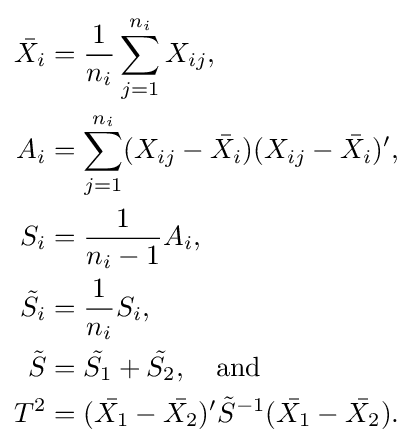
{\begin{aligned}{\bar {X_{i}}}&={\frac {1}{n_{i}}}\sum _{j=1}^{n_{i}}X_{ij},\\A_{i}&=\sum _{j=1}^{n_{i}}(X_{ij}-{\bar {X_{i}}})(X_{ij}-{\bar {X_{i}}})',\\S_{i}&={\frac {1}{n_{i}-1}}A_{i},\\{\tilde {S_{i}}}&={\frac {1}{n_{i}}}S_{i},\\{\tilde {S}}&={\tilde {S_{1}}}+{\tilde {S_{2}}},\quad {\text{and}}\\T^{2}&=({\bar {X_{1}}}-{\bar {X_{2}}})'{\tilde {S}}^{-1}({\bar {X_{1}}}-{\bar {X_{2}}}).\end{aligned}}